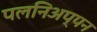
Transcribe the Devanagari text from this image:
पलनिअप्पन